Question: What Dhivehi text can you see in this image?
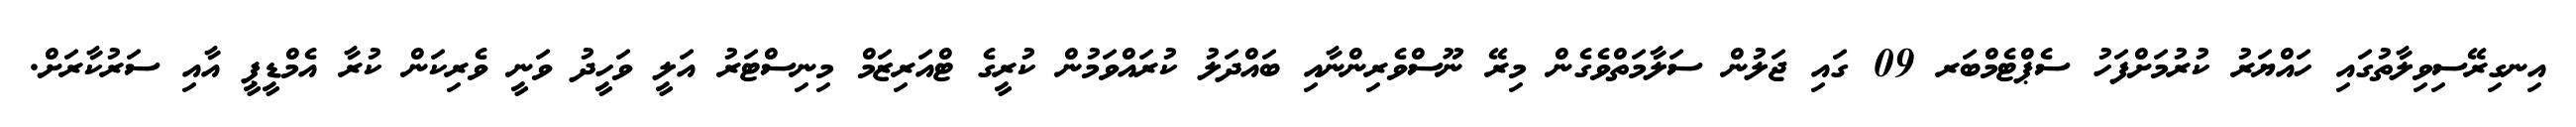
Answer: އިނގިރޭސިވިލާތުގައި ހައްޔަރު ކުރުމަށްފަހު ސެޕްޓެމްބަރ 09 ގައި ޖަލުން ސަލާމަތްވެގެން މިރޭ ނޫސްވެރިންނާއި ބައްދަލު ކުރައްވަމުން ކުރީގެ ޓްއަރިޒަމް މިނިސްޓަރު އަލީ ވަހީދު ވަނީ ވެރިކަން ކުރާ އެމްޑީޕީ އާއި ސަރުކާރަށް.